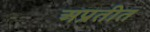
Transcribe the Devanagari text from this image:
अप्रतीत